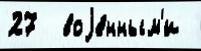
27  воjе́нным'и